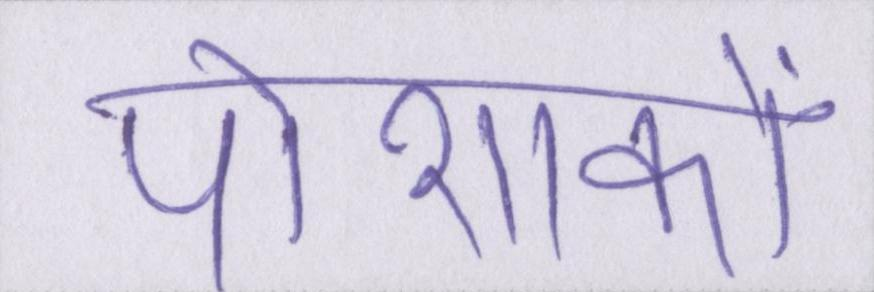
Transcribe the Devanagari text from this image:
पोशाकों